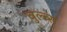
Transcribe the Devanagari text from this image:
वुल्व्स